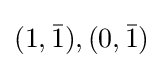
(1,{\bar {1}}),(0,{\bar {1}})